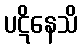
ပဋိနေသိ